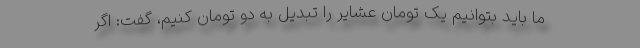
ما باید بتوانیم یک تومان عشایر را تبدیل به دو تومان کنیم، گفت: اگر